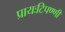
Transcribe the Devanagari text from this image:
प्रायःटिपण्णी